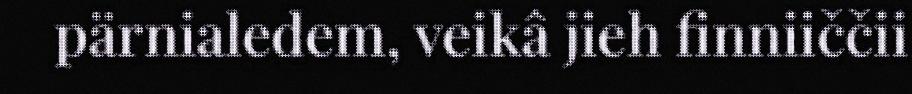
pärnialedem, veikâ jieh finniiččii